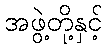
အဖွဲ့တို့နှင့်